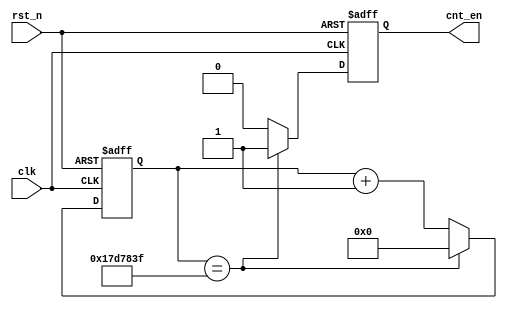
`timescale 1ns / 1ps
//////////////////////////////////////////////////////////////////////////////////
// Company: 
// Engineer: 
// 
// Design Name: 
// Module Name:    div 
// Project Name: 
// Target Devices: 
// Tool versions: 
// Description: 
//
// Dependencies: 
//
// Revision: 
// Revision 0.01 - File Created
// Additional Comments: 
//
//////////////////////////////////////////////////////////////////////////////////
module div(
input				clk,
input				rst_n,
output	reg	cnt_en
);
//clk		____|----|____|----|____|----|____|----|____|----|____|----|____|----|____|----|
//rst_n  -------|_______|----------------------------------------------------------------
//cnt_div----------------|		0		|		1		|		2		| ........|24999998 |24999999 |		0		|		1		|		2		|
//cnt_en _________________________________________________________________________________|-----------|____________

//'.' clk=50MHz, div into 2Hz
//.'. 1 pulse / 25 000 000 clovk
reg   [24:0]	cnt_div;

always@(posedge clk or negedge rst_n)
begin
	if(~rst_n)
		cnt_div <= 25'h0;
	else if(cnt_div == 25'd24_999_999)
		cnt_div <= 25'h0;
	else
		cnt_div <= cnt_div + 25'h1;
end

always@(posedge clk or negedge rst_n)
begin
	if(~rst_n)
		cnt_en <= 1'b0;
	else if(cnt_div == 25'd24_999_999)
		cnt_en <= 1'b1;
	else
		cnt_en <= 1'b0;
end


endmodule